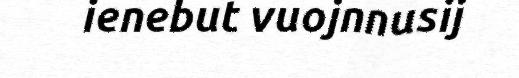
ienebut vuojnnusij